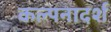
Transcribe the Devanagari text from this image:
कल्पनादर्श